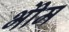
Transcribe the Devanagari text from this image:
भीेम